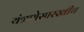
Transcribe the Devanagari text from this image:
यंत्रणेसारखीच